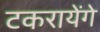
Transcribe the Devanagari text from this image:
टकरायेंगे